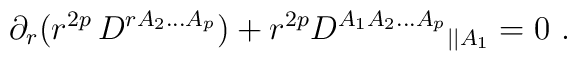
\partial_r (r^{2p}\,D^{rA_2...A_p}) + r^{2p} {D^{A_1A_2...A_p}}_{||A_1}= 0   \ .